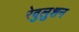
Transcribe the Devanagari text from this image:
रेवुलुशन